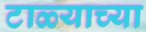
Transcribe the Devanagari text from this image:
टाळ्याच्या